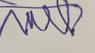
Signature authenticity: forged